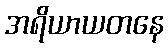
အရိယာယတနေ